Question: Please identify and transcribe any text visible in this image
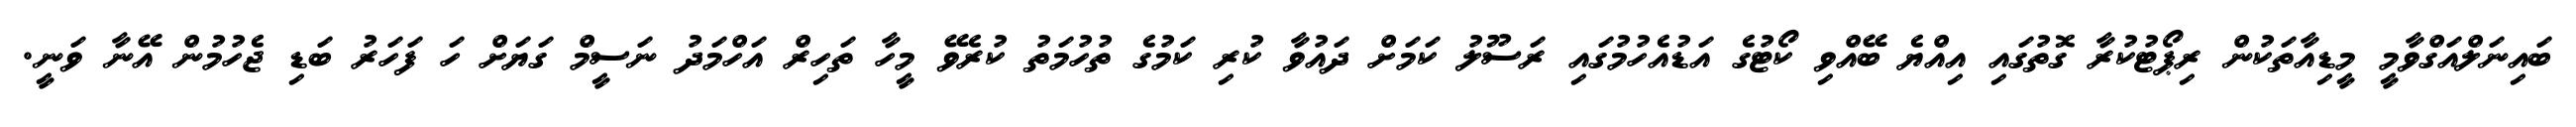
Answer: ބައިނަލްއަގްވާމީ މީޑިއާތަކުން ރިޕޯޓުކުރާ ގޮތުގައި އިއްޔެ ބޭއްވި ކޯޓުގެ އަޑުއެހުމުގައި ރަސޫލު ކަމަށް ދައުވާ ކުރި ކަމުގެ ތުހުމަތު ކުރެވޭ މީހާ ތަހިރް އަހްމަދު ނަސީމް ގަޔަށް ހަ ފަހަރު ބަޑި ޖެހުމުން އޭނާ ވަނީ.